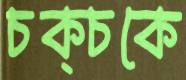
চক্‌চকে